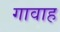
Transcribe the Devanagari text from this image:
गावाह